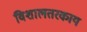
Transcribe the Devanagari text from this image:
विशालतरकाय